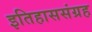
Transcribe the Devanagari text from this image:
इतिहाससंग्रह